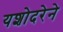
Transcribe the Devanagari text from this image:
यशोदरेने